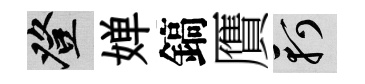
登婵鎬贋軻